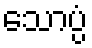
သောပ္ပံ